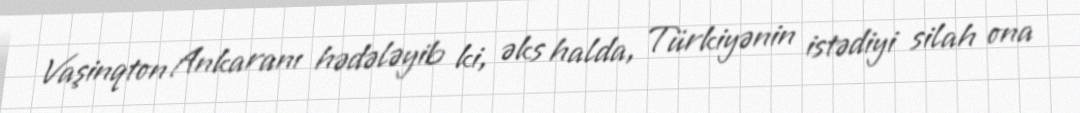
Vaşinqton Ankaranı hədələyib ki, əks halda, Türkiyənin istədiyi silah ona